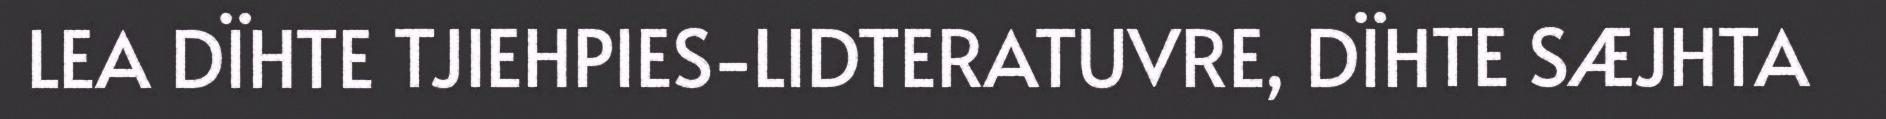
LEA DÏHTE TJIEHPIES-LIDTERATUVRE, DÏHTE SÆJHTA